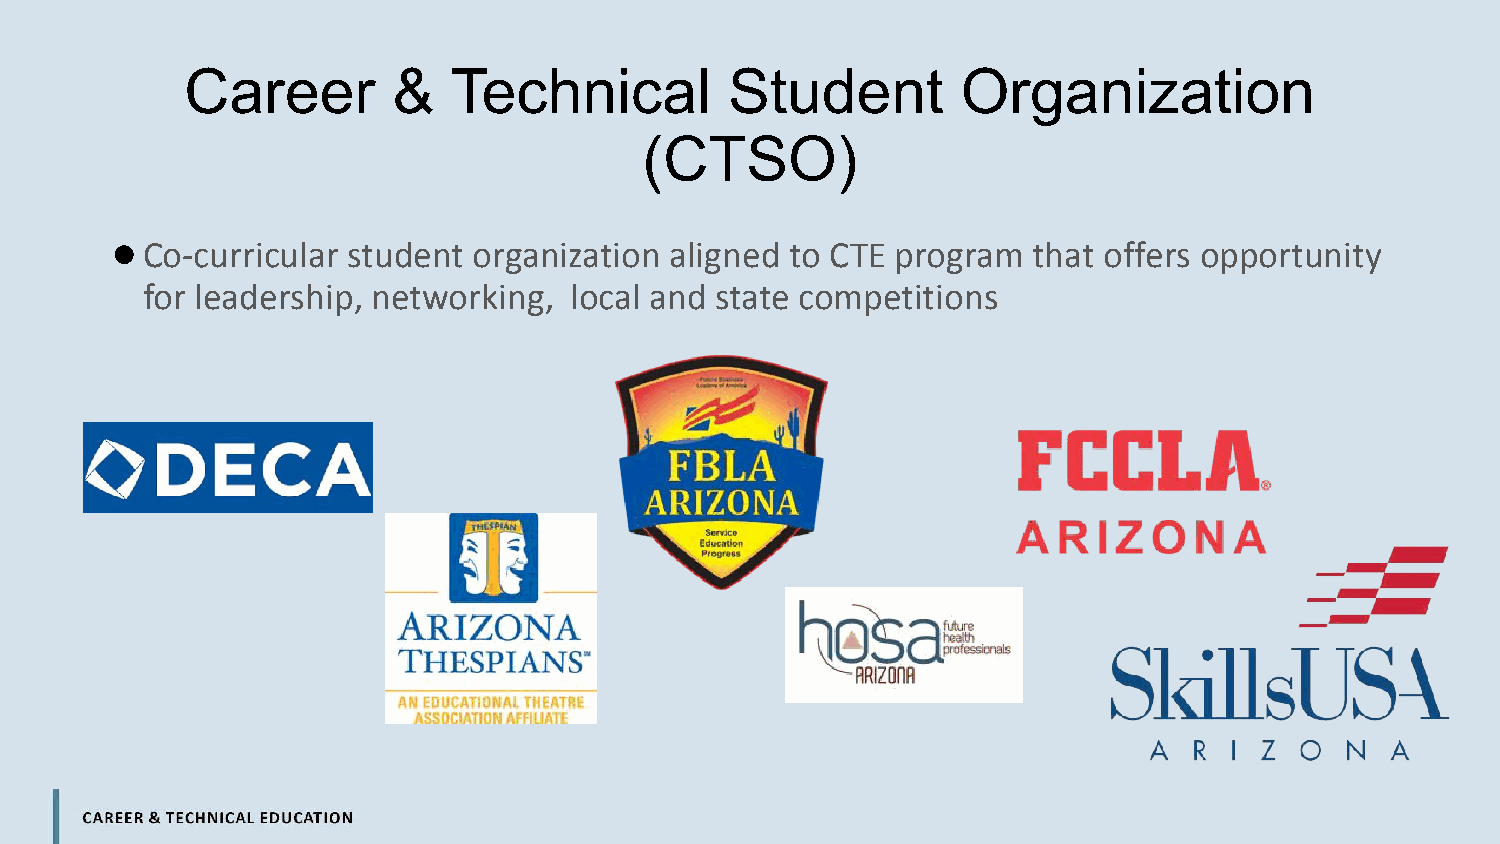
Career        &   Technical         Student         Organization
 (CTSO)
 ●
 Co-curricular student organization aligned to CTE program  that offers opportunity
 for leadership, networking,  local and state competitions